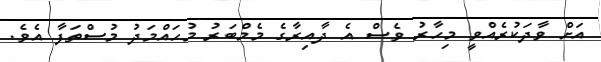
އަށް ވާދަކުރެއްވީ މިހާރު ވެސް އެ ދާއިރާގެ މެމްބަރު މުހައްމަދު މުސްތަފާ އެވެ.